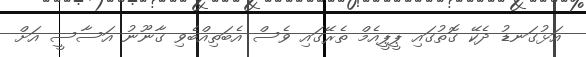
އަޅުގަނޑު ދެކޭ ގޮތުގައި ޕީޕީއެމް ތެރޭގައި ވެސް އެބަތިއްބެވި ގާނޫނު އަސާސީ އަށް